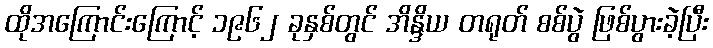
ထိုအကြောင်းကြောင့် ၁၉၆၂ ခုနှစ်တွင် အိန္ဒိယ တရုတ် စစ်ပွဲ ဖြစ်ပွားခဲ့ပြီး